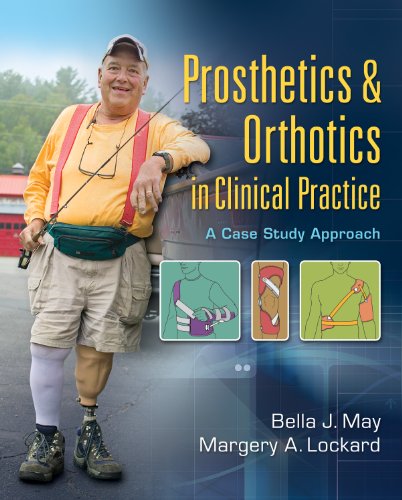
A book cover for Prosthetics & Orthotics in Clinical Practice: A Case Study Approach; Bella J. May EdD  PT  CEEAA  FAPTA; Medical Books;